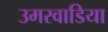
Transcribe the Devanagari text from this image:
उमरवाडिया